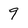
Character: 9